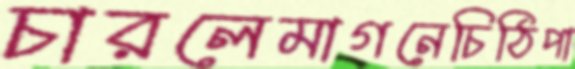
চারলেমাগনেচিঠিপা